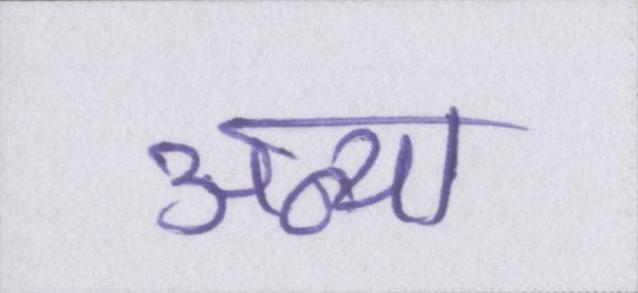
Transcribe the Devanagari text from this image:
अन्या